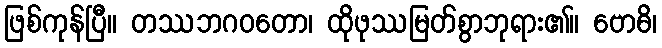
ဖြစ်ကုန်ပြီ။ တဿဘဂဝတော၊ ထိုဖုဿမြတ်စွာဘုရား၏။ ဗောဓိ၊